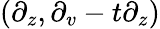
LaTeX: (\partial_{z},\partial_{v}-t\partial_{z})